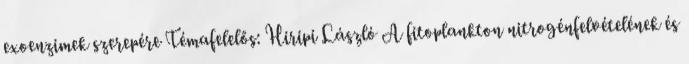
exoenzimek szerepére Témafelelős: Hiripi László A fitoplankton nitrogénfelvételének és